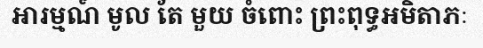
អារម្មណ៍ មូល តែ មួយ ចំពោះ ព្រះពុទ្ធអមិតាភៈ